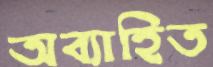
অব্যাহিত